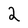
Character: 2